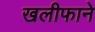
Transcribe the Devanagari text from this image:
खलीफाने